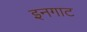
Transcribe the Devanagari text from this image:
इनगाट